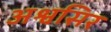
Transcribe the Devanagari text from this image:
अश्वसिर